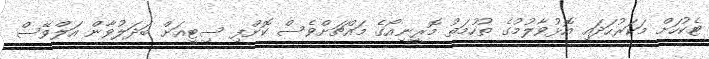
ޓެކުހަށް މަކަރުހަދައި އޮޅުވާލުމުގެ ތުހުމަތު މޮރީނިއޯގެ މައްޗަށްވެސް ކޮށްފި ސިޓީއަށް ބަދަލުވާން އަލްވޭސް